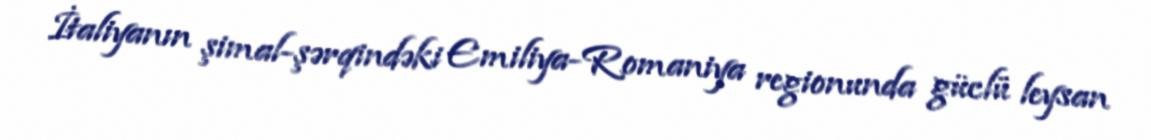
İtaliyanın şimal-şərqindəki Emiliya-Romaniya regionunda güclü leysan